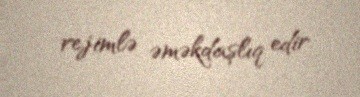
rejimlə əməkdaşlıq edir.